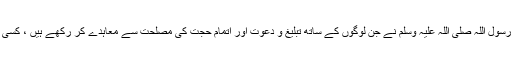
تاہم اخلاقی لحاظ سے ضروری تھا کہ رسول اللہ صلی اللہ علیہ وسلم نے جن لوگوں کے ساتھ تبلیغ و دعوت اور اتمام حجت کی مصلحت سے معاہدے کر رکھے ہیں ، کسی اقدام سے پہلے اُنھیں ختم کر دیا جائے۔